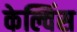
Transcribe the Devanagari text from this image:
केल्विंस